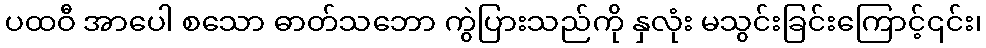
ပထဝီ အာပေါ စသော ဓာတ်သဘော ကွဲပြားသည်ကို နှလုံး မသွင်းခြင်းကြောင့်၎င်း၊